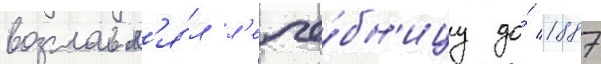
возглавл'я́л л'ече́бн'ицу до́ 1887